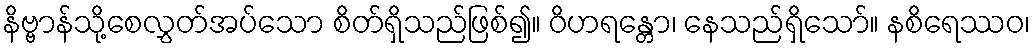
နိဗ္ဗာန်သို့စေလွှတ်အပ်သော စိတ်ရှိသည်ဖြစ်၍။ ဝိဟရန္တော၊ နေသည်ရှိသော်။ နစိရေဿဝ၊